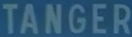
TANGER